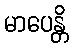
မာပေန္တိ